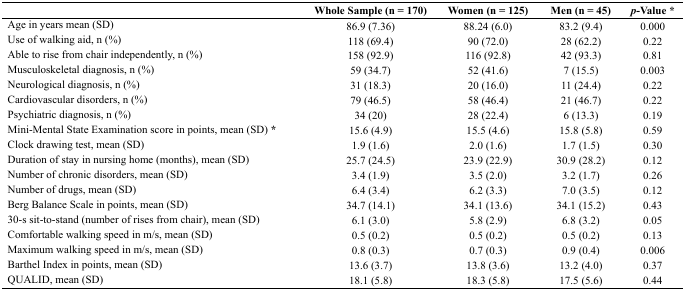
<table><thead><tr><td></td><td><b>Whole Sample (n = 170)</b></td><td><b>Women (n = 125)</b></td><td><b>Men (n = 45)</b></td><td><b><i>p</i>-Value *</b></td></tr></thead><tbody><tr><td>Age in years mean (SD)</td><td>86.9 (7.36)</td><td>88.24 (6.0)</td><td>83.2 (9.4)</td><td>0.000</td></tr><tr><td>Use of walking aid, n (%)</td><td>118 (69.4)</td><td>90 (72.0)</td><td>28 (62.2)</td><td>0.22</td></tr><tr><td>Able to rise from chair independently, n (%)</td><td>158 (92.9)</td><td>116 (92.8)</td><td>42 (93.3)</td><td>0.81</td></tr><tr><td>Musculoskeletal diagnosis, n (%)</td><td>59 (34.7)</td><td>52 (41.6)</td><td>7 (15.5)</td><td>0.003</td></tr><tr><td>Neurological diagnosis, n (%)</td><td>31 (18.3)</td><td>20 (16.0)</td><td>11 (24.4)</td><td>0.22</td></tr><tr><td>Cardiovascular disorders, n (%)</td><td>79 (46.5)</td><td>58 (46.4)</td><td>21 (46.7)</td><td>0.22</td></tr><tr><td>Psychiatric diagnosis, n (%)</td><td>34 (20)</td><td>28 (22.4)</td><td>6 (13.3)</td><td>0.19</td></tr><tr><td>Mini-Mental State Examination score in points, mean (SD)<b>*</b></td><td>15.6 (4.9)</td><td>15.5 (4.6)</td><td>15.8 (5.8)</td><td>0.59</td></tr><tr><td>Clock drawing test, mean (SD)</td><td>1.9 (1.6)</td><td>2.0 (1.6)</td><td>1.7 (1.5)</td><td>0.30</td></tr><tr><td>Duration of stay in nursing home (months), mean (SD)</td><td>25.7 (24.5)</td><td>23.9 (22.9)</td><td>30.9 (28.2)</td><td>0.12</td></tr><tr><td>Number of chronic disorders, mean (SD)</td><td>3.4 (1.9)</td><td>3.5 (2.0)</td><td>3.2 (1.7)</td><td>0.26</td></tr><tr><td>Number of drugs, mean (SD)</td><td>6.4 (3.4)</td><td>6.2 (3.3)</td><td>7.0 (3.5)</td><td>0.12</td></tr><tr><td>Berg Balance Scale in points, mean (SD)</td><td>34.7 (14.1)</td><td>34.1 (13.6)</td><td>34.1 (15.2)</td><td>0.43</td></tr><tr><td>30-s sit-to-stand (number of rises from chair), mean (SD)</td><td>6.1 (3.0)</td><td>5.8 (2.9)</td><td>6.8 (3.2)</td><td>0.05</td></tr><tr><td>Comfortable walking speed in m/s, mean (SD)</td><td>0.5 (0.2)</td><td>0.5 (0.2)</td><td>0.5 (0.2)</td><td>0.13</td></tr><tr><td>Maximum walking speed in m/s, mean (SD)</td><td>0.8 (0.3)</td><td>0.7 (0.3)</td><td>0.9 (0.4)</td><td>0.006</td></tr><tr><td>Barthel Index in points, mean (SD)</td><td>13.6 (3.7)</td><td>13.8 (3.6)</td><td>13.2 (4.0)</td><td>0.37</td></tr><tr><td>QUALID, mean (SD)</td><td>18.1 (5.8)</td><td>18.3 (5.8)</td><td>17.5 (5.6)</td><td>0.44</td></tr></tbody></table>